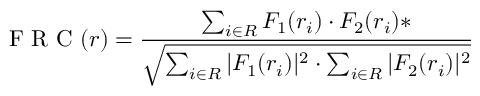
\mathrm { ~ F ~ R ~ C ~ } ( r ) = \frac { \sum _ { i \in R } F _ { 1 } ( r _ { i } ) \cdot F _ { 2 } ( r _ { i } ) * } { \sqrt { \sum _ { i \in R } | F _ { 1 } ( r _ { i } ) | ^ { 2 } \cdot \sum _ { i \in R } | F _ { 2 } ( r _ { i } ) | ^ { 2 } } }